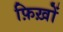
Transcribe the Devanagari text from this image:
फ़िख़ों